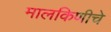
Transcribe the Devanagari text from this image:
मालकिणीचे